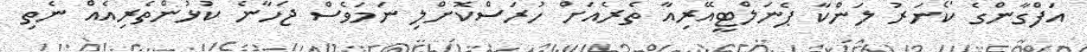
އަފްގާންގެ ކޯނަރު ލަންކާ ޕެނަލްޓީއޭރިއާ ތެރެއަށް ހުރަސްކޮށްލި ނަމަވެސް ޖަހާނެ ކުޅުންތެރިއެއް ނެތި